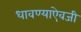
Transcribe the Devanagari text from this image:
धावण्याऐवजी